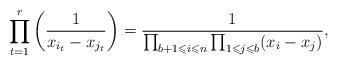
LaTeX: \begin{align*}\prod_{t=1}^r\left( \frac{1}{x_{i_t}-x_{j_t}}\right)=\frac{1}{\prod_{b+1\leqslant i\leqslant n}\prod_{1\leqslant j\leqslant b}(x_i-x_j)},\end{align*}